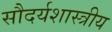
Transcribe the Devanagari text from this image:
सौदर्यशास्त्रीय